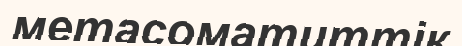
метасоматиттік